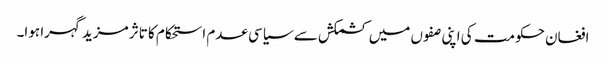
افغان حکومت کی اپنی صفوں میں کشمکش سے سیاسی عدم استحکام کا تاثر مزید گہرا ہوا۔